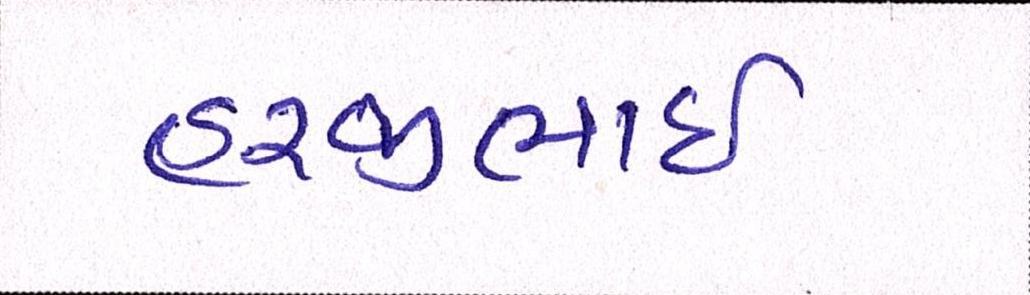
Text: હરજીભાઇ